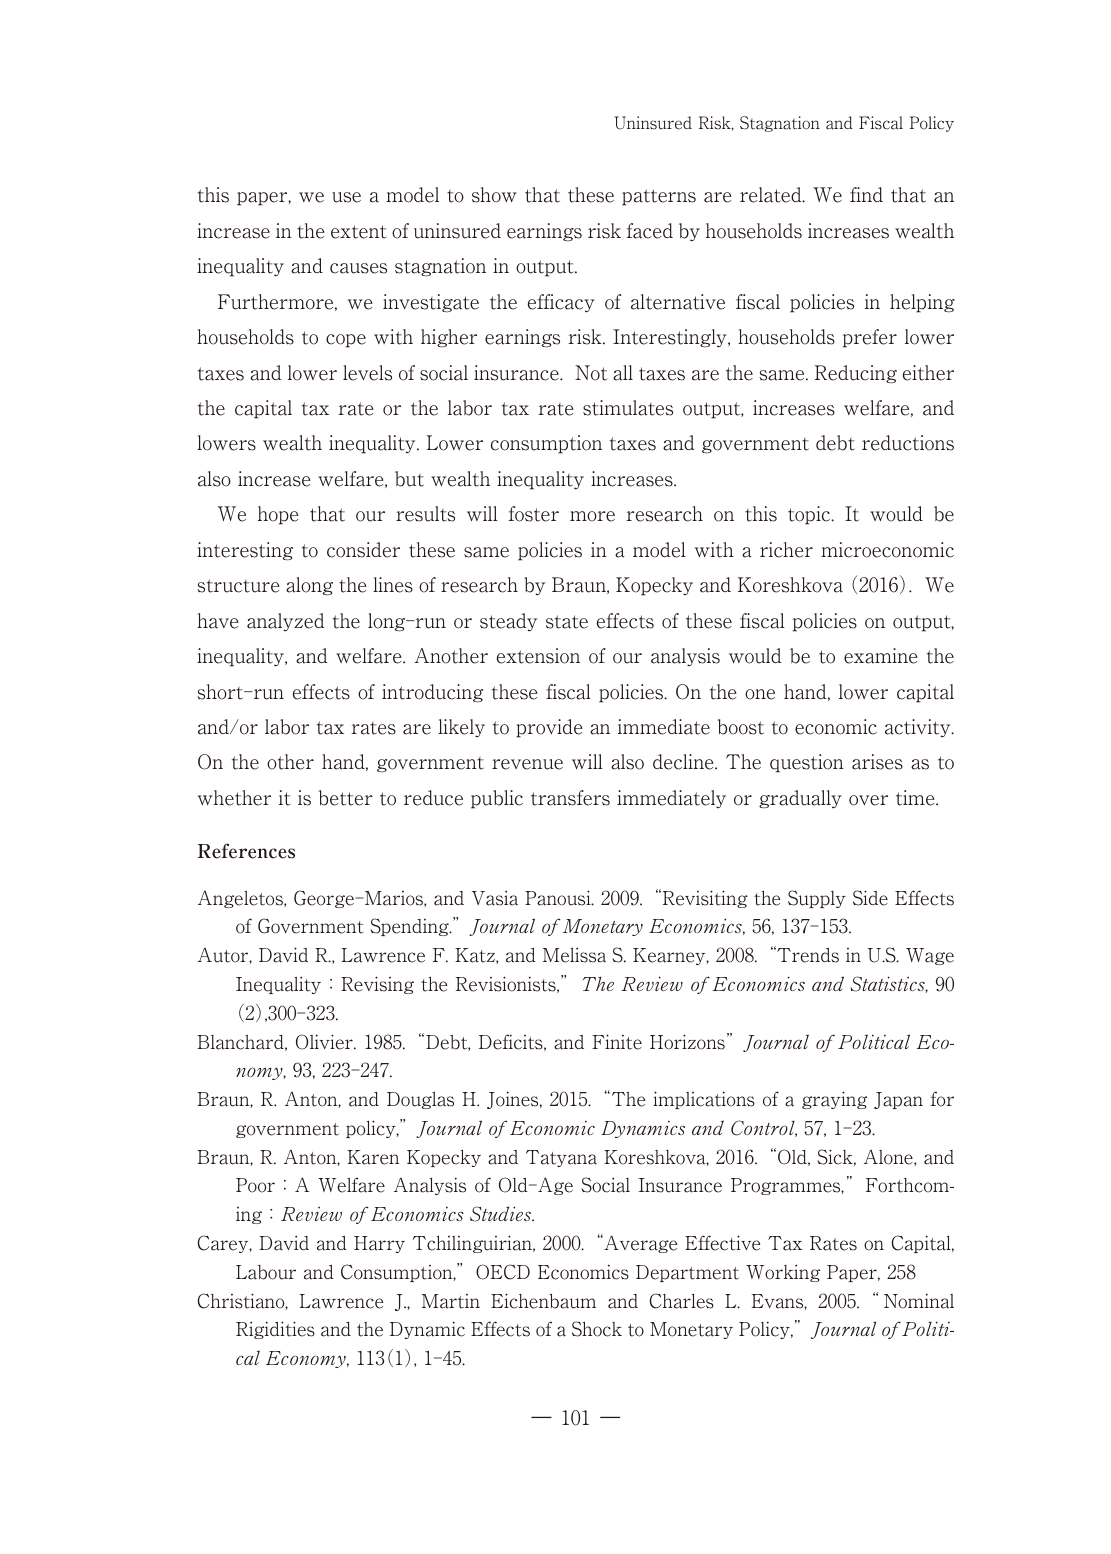
Uninsured Risk, Stagnation and Fiscal Policy

this paper, we use a model to show that these patterns are related. We find that an increase in the extent of uninsured earnings risk faced by households increases wealth inequality and causes stagnation in output.

Furthermore, we investigate the efficacy of alternative fiscal policies in helping households to cope with higher earnings risk. Interestingly, households prefer lower taxes and lower levels of social insurance. Not all taxes are the same. Reducing either the capital tax rate or the labor tax rate stimulates output, increases welfare, and lowers wealth inequality. Lower consumption taxes and government debt reductions also increase welfare, but wealth inequality increases.

We hope that our results will foster more research on this topic. It would be interesting to consider these same policies in a model with a richer microeconomic structure along the lines of research by Braun, Kopecky and Koreshkova (2016). We have analyzed the long-run or steady state effects of these fiscal policies on output, inequality, and welfare. Another extension of our analysis would be to examine the short-run effects of introducing these fiscal policies. On the one hand, lower capital and/or labor tax rates are likely to provide an immediate boost to economic activity. On the other hand, government revenue will also decline. The question arises as to whether it is better to reduce public transfers immediately or gradually over time.

References

Angeletos, George-Marios, and Vasia Panousi. 2009. “Revisiting the Supply Side Effects of Government Spending.” Journal of Monetary Economics, 56, 137–153.

Autor, David R., Lawrence F. Katz, and Melissa S. Kearney. 2008. “Trends in U.S. Wage Inequality : Revising the Revisionists,” The Review of Economics and Statistics, 90 (2),300–323.

Blanchard, Olivier. 1985. “Debt, Deficits, and Finite Horizons” Journal of Political Economy, 93, 223–247.

Braun, R. Anton, and Douglas H. Joines. 2015. “The implications of a graying Japan for government policy,” Journal of Economic Dynamics and Control, 57, 1–23.

Braun, R. Anton, Karen Kopecky and Tatyana Koreshkova. 2016. “Old, Sick, Alone, and Poor : A Welfare Analysis of Old-Age Social Insurance Programmes,” Forthcoming : Review of Economics Studies.

Carey, David and Harry Tchilinguirian. 2000. “Average Effective Tax Rates on Capital, Labour and Consumption,” OECD Economics Department Working Paper, 258

Christiano, Lawrence J., Martin Eichenbaum and Charles L. Evans. 2005. “Nominal Rigidities and the Dynamic Effects of a Shock to Monetary Policy,” Journal of Political Economy, 113(1), 1–45.

— 101 —